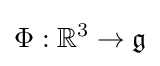
\Phi :\mathbb {R} ^{3}\to {\mathfrak {g}}